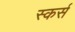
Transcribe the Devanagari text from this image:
स्कर्स